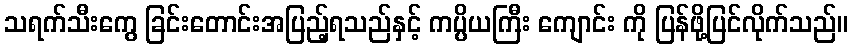
သရက်သီးကွေ ခြင်းတောင်းအပြည့်ရသည်နှင့် ကပ္ပိယကြီး ကျောင်း ကို ပြန်ဖို့ပြင်လိုက်သည်။